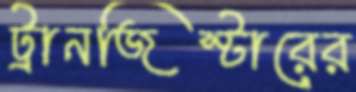
ট্রানজিস্টারের